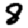
Digit: 8